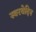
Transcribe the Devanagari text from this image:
स्वरवेदिन